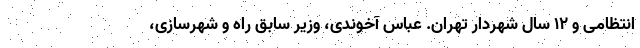
انتظامی و ۱۲ سال شهردار تهران. عباس آخوندی، وزیر سابق راه و شهرسازی،